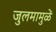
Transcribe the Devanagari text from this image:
जुलमामुळें